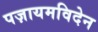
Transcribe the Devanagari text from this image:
पज़ायमविदेन